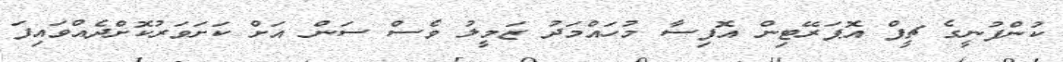
ކުންފުނީގެ ޗީފް އޮޕަރޭޓިން އޮފިސާ މުހައްމަދު ޒަމީލު ވެސް ސަން އަށް ކަށަވަރުކޮށްދެއްވައިފަ